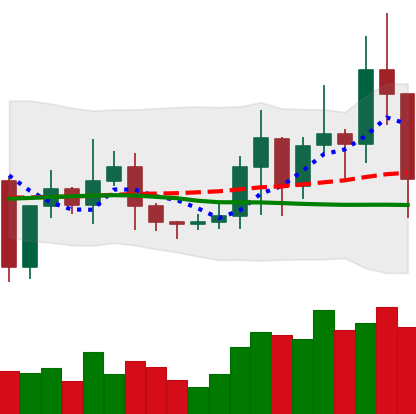
Ticker: TRX-USD
Chart end date: 2021-01-11
Forward return: 4.109%
Label: up_3_5